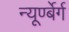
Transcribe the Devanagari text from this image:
न्यूर्ण्बेर्ग